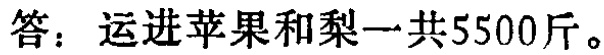
答：运进苹果和梨一共5500斤。